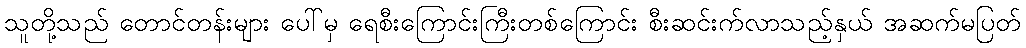
သူတို့သည် တောင်တန်းများ ပေါ်မှ ရေစီးကြောင်းကြီးတစ်ကြောင်း စီးဆင်းက်လာသည့်နှယ် အဆက်မပြတ်